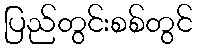
ပြည်တွင်းစစ်တွင်